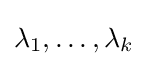
{\textstyle \lambda _{1},\ldots ,\lambda _{k}}